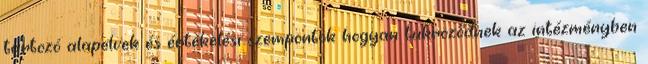
tartozó alapelvek és értékelési szempontok hogyan tükröződnek az intézményben